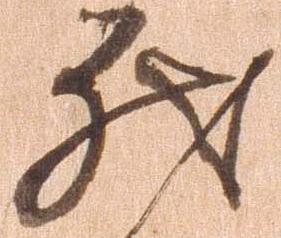
然